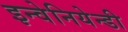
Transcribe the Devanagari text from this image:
इन्वेनियेन्डी